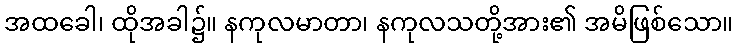
အထခေါ၊ ထိုအခါ၌။ နကုလမာတာ၊ နကုလသတို့အား၏ အမိဖြစ်သော။